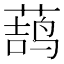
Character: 𱾎